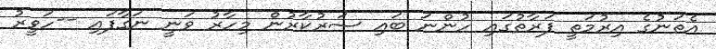
އެތަނުގެ އިރުމަތީ ފަރާތުގައި ހުންނަ ބައި ސަރުކާރުން މިހާރު ވަނީ ނަގާފައި --ހަވީރު